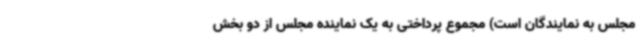
مجلس به نمایندگان است) مجموع پرداختی به یک نماینده مجلس از دو بخش